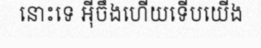
នោះទេ អ៊ីចឹងហើយទើបយើង